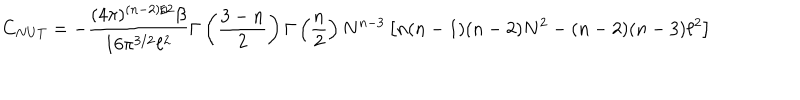
C _ { N U T } = - \frac { ( 4 \pi ) ^ { ( n - 2 ) / 2 } \beta } { 1 6 \pi ^ { 3 / 2 } \ell ^ { 2 } } \Gamma \left( \frac { 3 - n } { 2 } \right) \Gamma \left( \frac { n } { 2 } \right) N ^ { n - 3 } \left[ n ( n - 1 ) ( n - 2 ) N ^ { 2 } - ( n - 2 ) ( n - 3 ) \ell ^ { 2 } \right]